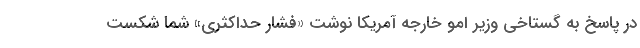
در پاسخ به گستاخی وزیر امو خارجه آمریکا نوشت «فشار حداکثری» شما شکست